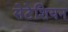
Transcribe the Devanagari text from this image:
सेटेशियन